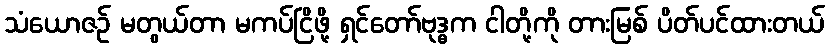
သံယောဇဉ် မတွယ်တာ မကပ်ငြိဖို့ ရှင်တော်ဗုဒ္ဓက ငါတို့ကို တားမြစ် ပိတ်ပင်ထားတယ်